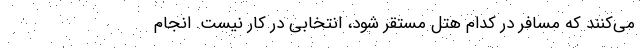
می‌کنند که مسافر در کدام هتل مستقر شود، انتخابی در کار نیست. انجام